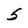
Character: S